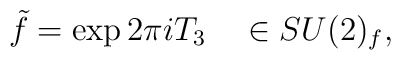
\tilde{f} = \exp 2\pi i T_3 \ \ \ \in SU(2)_f,